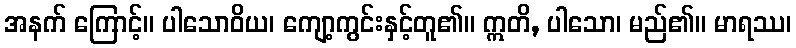
အနက် ကြောင့်။ ပါသောဝိယ၊ ကျော့ကွင်းနှင့်တူ၏။ ဣတိ, ပါသော၊ မည်၏။ မာရဿ၊